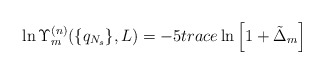
\begin{align*}\ln\Upsilon_m^{(n)}(\{q_{N_s}\},L)=-5trace\ln\left[1+\tilde\Delta_m\right]\end{align*}